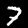
Label: 7